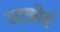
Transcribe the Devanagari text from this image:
रटफ़ोर्ड